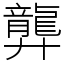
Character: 龏